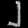
Digit: ၂